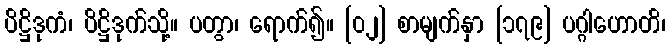
ပိဋ္ဌိဒုကံ၊ ပိဋ္ဌိဒုက်သို့။ ပတွာ၊ ရောက်၍။ [၀၂] စာမျက်နှာ [၁၇၉] ပဂ္ဂါဟောတိ၊